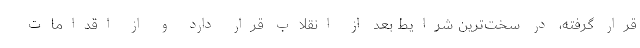
قرار گرفته، در سخت‌ترین شرایط بعد از انقلاب قرار دارد و از اقدامات